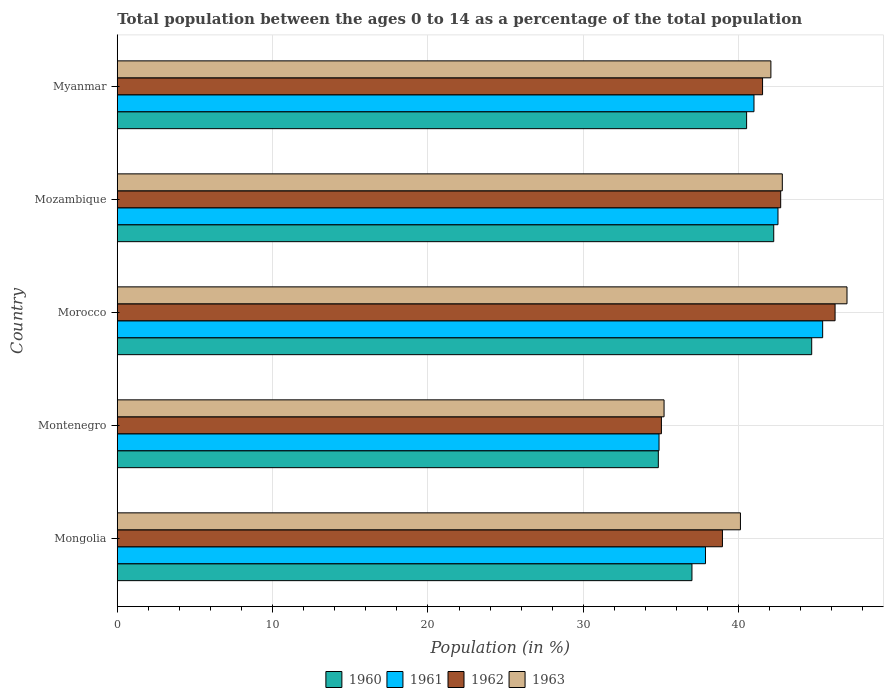
| Country | 1960 | 1961 | 1962 | 1963 |
 | --- | --- | --- | --- | --- |
 | Mongolia | 37 | 37.9 | 39 | 40.1 |
 | Montenegro | 34.8 | 34.9 | 35 | 35.2 |
 | Morocco | 44.7 | 45.4 | 46.2 | 47 |
 | Mozambique | 42.3 | 42.5 | 42.7 | 42.8 |
 | Myanmar | 40.5 | 41 | 41.5 | 42.1 |